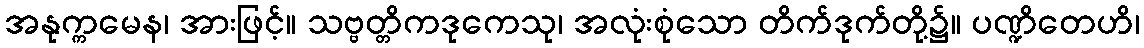
အနုက္ကမေန၊ အားဖြင့်။ သဗ္ဗတ္တိကဒုကေသု၊ အလုံးစုံသော တိက်ဒုက်တို့၌။ ပဏ္ဍိတေဟိ၊